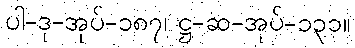
ပါ-ဒု-အုပ်-၁၈၇၊ ဋ္ဌ-ဆ-အုပ်-၁၃၁။